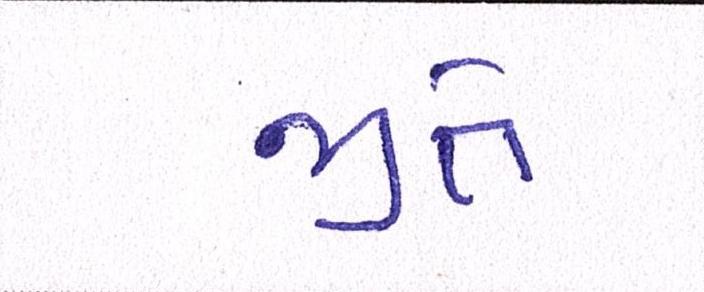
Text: જીતે